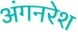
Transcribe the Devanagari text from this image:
अंगनरेश